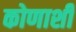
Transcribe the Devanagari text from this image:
कोणाशी